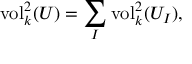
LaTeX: { \mathrm { v o l } } _ { k } ^ { 2 } ( U ) = \sum _ { I } { \mathrm { v o l } } _ { k } ^ { 2 } ( U _ { I } ) ,